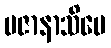
ပဇာနာသိပေ